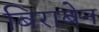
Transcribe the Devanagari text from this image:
बिराबेन